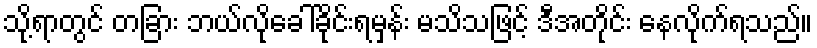
သို့ရာတွင် တခြား ဘယ်လိုခေါ်ခိုင်းရမှန်း မသိသဖြင့် ဒီအတိုင်း နေလိုက်ရသည်။